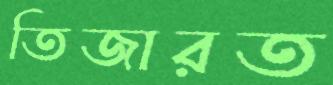
তিজারত